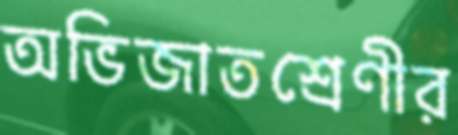
অভিজাতশ্রেণীর